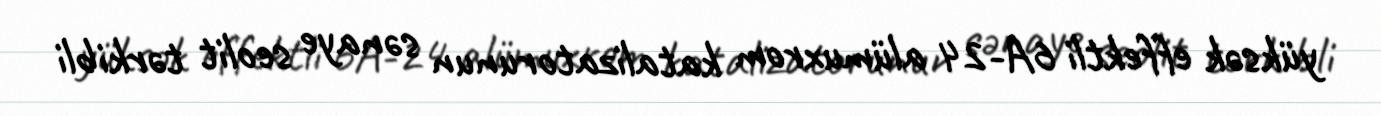
yüksək effektli 6A-24 alümuxrom katalizatorunun sənaye seolit tərkibli